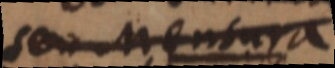
s. Mensura